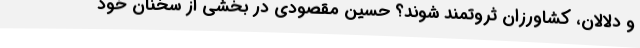
و دلالان، کشاورزان ثروتمند شوند؟ حسین مقصودی در بخشی از سخنان خود